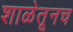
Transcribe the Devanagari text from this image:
शाळेतूनच